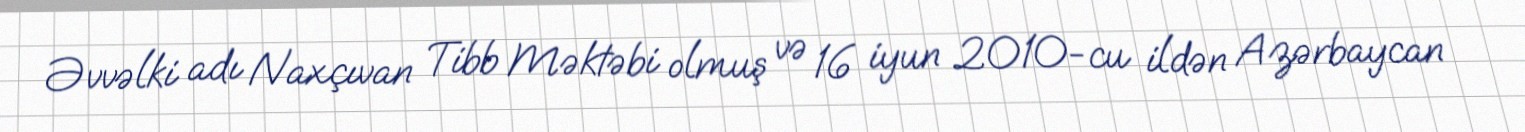
Əvvəlki adı Naxçıvan Tibb Məktəbi olmuş və 16 iyun 2010-cu ildən Azərbaycan